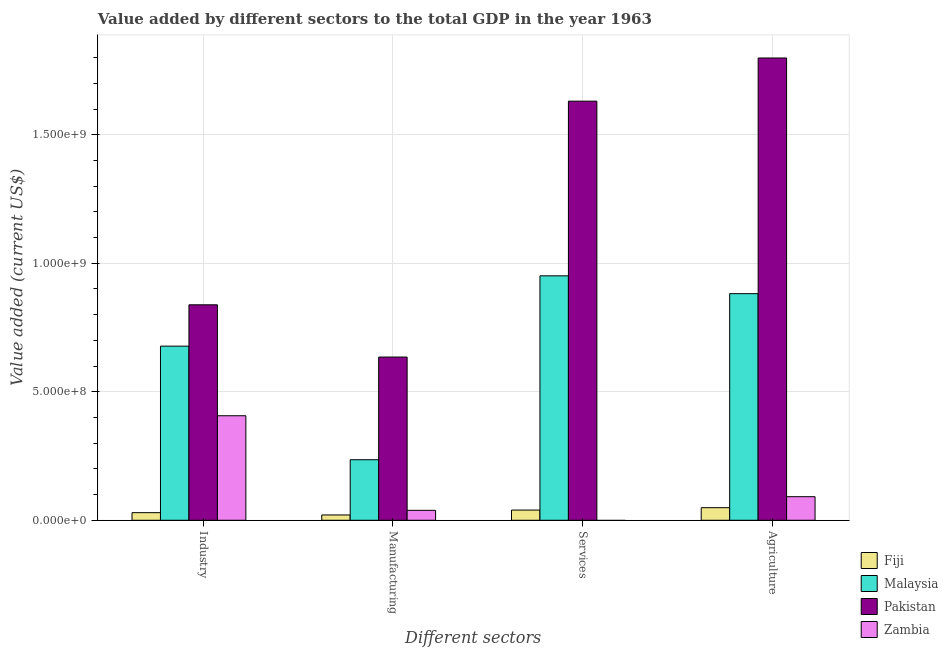
| Different sectors | Fiji | Malaysia | Pakistan | Zambia |
 | --- | --- | --- | --- | --- |
 | Industry | 2.96e+07 | 6.77e+08 | 8.38e+08 | 4.07e+08 |
 | Manufacturing | 2.07e+07 | 2.36e+08 | 6.35e+08 | 3.86e+07 |
 | Services | 3.97e+07 | 9.51e+08 | 1.63e+09 | -4.98e+08 |
 | Agriculture | 4.9e+07 | 8.82e+08 | 1.8e+09 | 9.17e+07 |